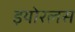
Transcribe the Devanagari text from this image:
इयोरलस